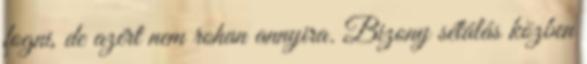
fogni, de azért nem rohan annyira. Bizony sétálás közben